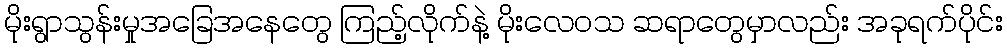
မိုးရွာသွန်းမှုအခြေအနေတွေ ကြည့်လိုက်နဲ့ မိုးလေဝသ ဆရာတွေမှာလည်း အခုရက်ပိုင်း